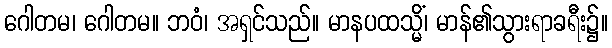
ဂေါတမ၊ ဂေါတမ။ ဘဝံ၊ အရှင်သည်။ မာနပထသ္မိံ၊ မာန်၏သွားရာခရီး၌။